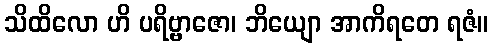
သိထိလော ဟိ ပရိဗ္ဗာဇော၊ ဘိယျော အာကိရတေ ရဇံ။